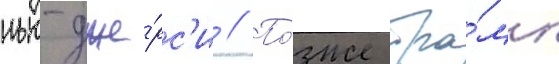
нью-дже́рс'и // По́зже тра́мп